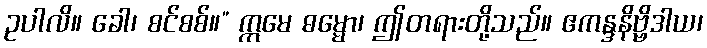
ဥပါလိ။ ခေါ၊ စင်စစ်။” ဣမေ ဓမ္မော၊ ဤတရားတို့သည်။ ဧကန္ဒနိဗ္ဗိဒါယ၊